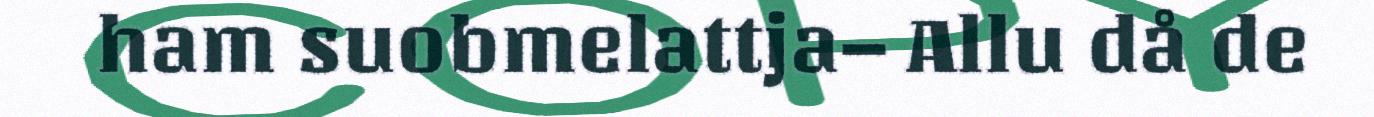
ham suobmelattja– Allu då de